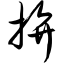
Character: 拚